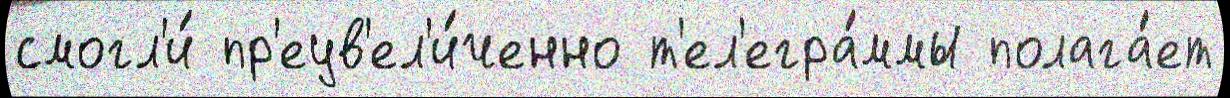
смогл'и́ пр'еув'ел'и́ченно т'ел'егра́ммы полага́ет